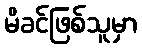
မိခင်ဖြစ်သူမှာ